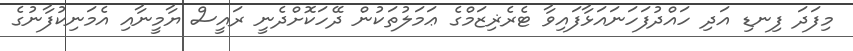
މިފަދަ ފިނޑި އަދި ހައްދުފަހަނައަޅާފައިވާ ޓެރެޜިޒަމްގެ ޢަމަލުތަކުން ދޭހަކޮށްދެނީ ރައީސް ޔާމީނާއި އެމަނިކުފާނުގެ